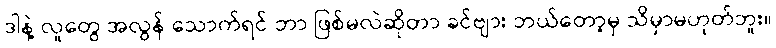
ဒါနဲ့ လူတွေ အလွန် သောက်ရင် ဘာ ဖြစ်မလဲဆိုတာ ခင်ဗျား ဘယ်တော့မှ သိမှာမဟုတ်ဘူး။